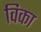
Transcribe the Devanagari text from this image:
विका